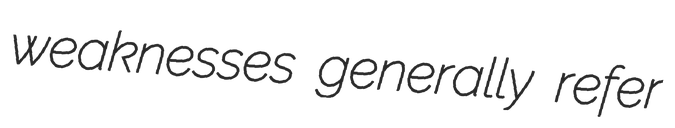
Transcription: weaknesses generally refer